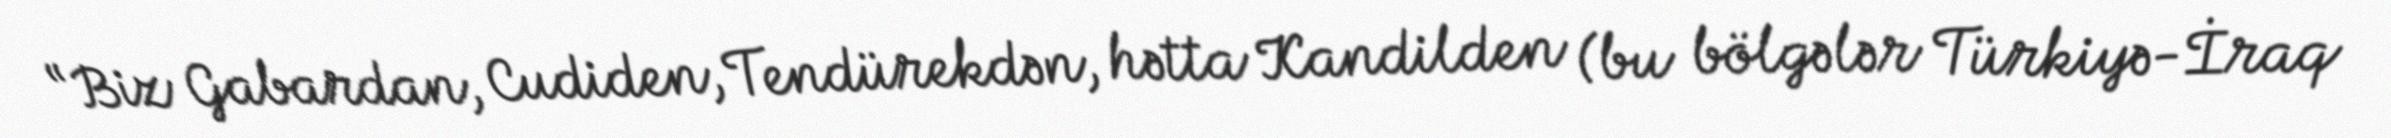
“Biz Gabardan, Cudiden, Tendürekdən, hətta Kandilden (bu bölgələr Türkiyə-İraq